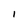
Character: l